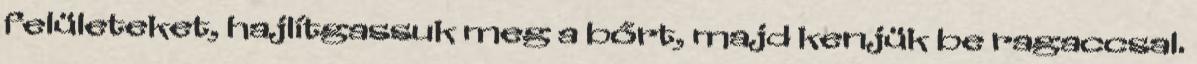
felületeket, hajlítgassuk meg a bőrt, majd kenjük be ragaccsal.